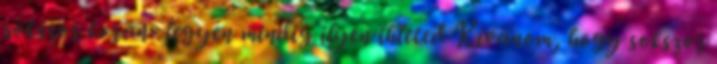
sokszor korán- legyen mindig ilyen ihleted Kívánom, hogy sokszor